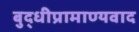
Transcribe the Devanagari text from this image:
बुद्धीप्रामाण्यवाद